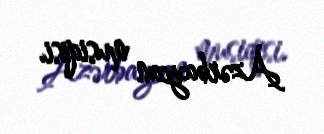
Azərbaycan musiqisi.